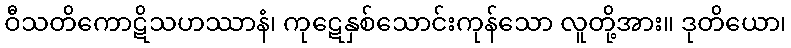
ဝီသတိကောဋိသဟဿာနံ၊ ကုဋေနှစ်သောင်းကုန်သော လူတို့အား။ ဒုတိယော၊